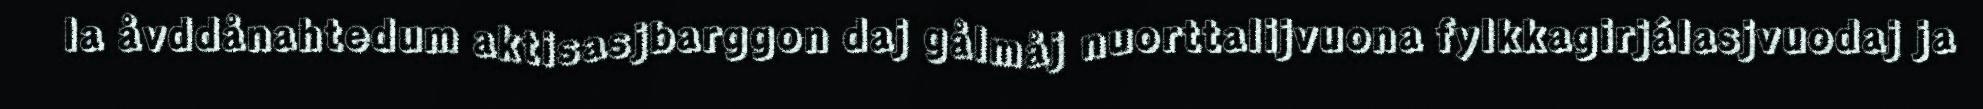
la åvddånahtedum aktisasjbarggon daj gålmåj nuorttalijvuona fylkkagirjálasjvuodaj ja